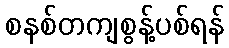
စနစ်တကျစွန့်ပစ်ရန်